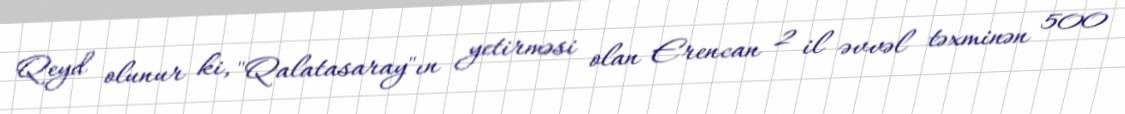
Qeyd olunur ki, "Qalatasaray"ın yetirməsi olan Erencan 2 il əvvəl təxminən 500